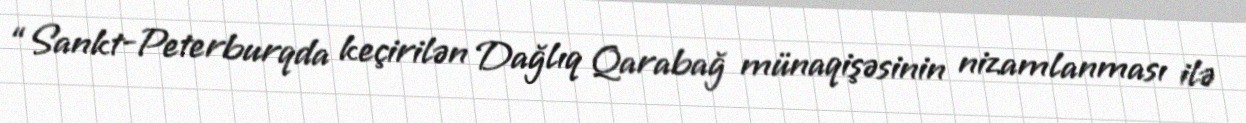
“Sankt-Peterburqda keçirilən Dağlıq Qarabağ münaqişəsinin nizamlanması ilə